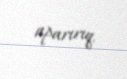
aparırıq.